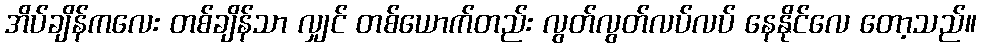
အိပ်ချိန်ကလေး တစ်ချိန်သာ လျှင် တစ်ယောက်တည်း လွတ်လွတ်လပ်လပ် နေနိုင်လေ တော့သည်။